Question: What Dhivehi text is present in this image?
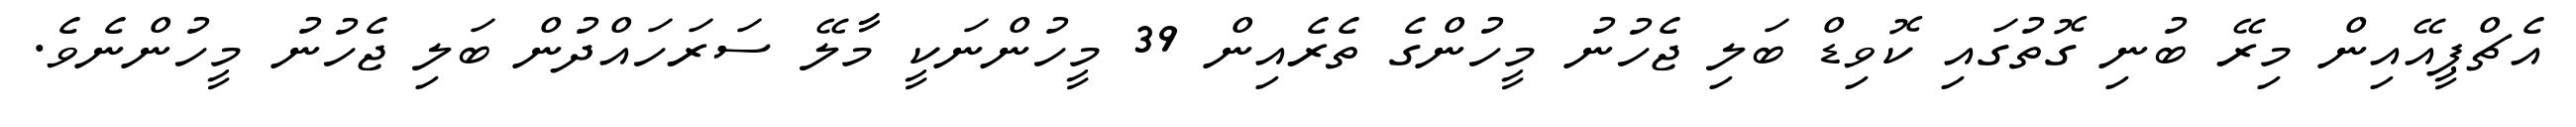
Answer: އެޗްޕީއޭއިން މިރޭ ބުނި ގޮތުގައި ކޮވިޑް ބަލި ޖެހުނު މީހުންގެ ތެރެއިން 39 މީހުންނަކީ މާލޭ ސަރަހައްދުން ބަލި ޖެހުނު މީހުންނެވެ.